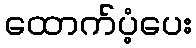
ထောက်ပံ့ပေး